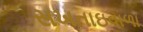
સખતાઇવાળા